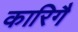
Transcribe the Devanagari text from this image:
कारिगै